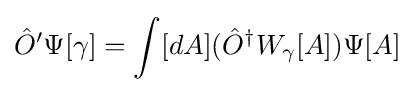
{\hat {O}}'\Psi [\gamma ]=\int [dA]({\hat {O}}^{\dagger }W_{\gamma }[A])\Psi [A]